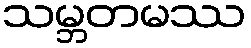
သမ္ဘတမဿ